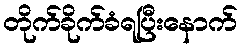
တိုက်ခိုက်ခံရပြီးနောက်